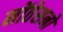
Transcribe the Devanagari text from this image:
मोंतेसनो